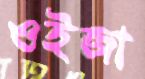
ওইজা